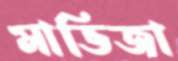
মাভিজা